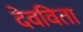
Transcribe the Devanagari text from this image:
देवविता